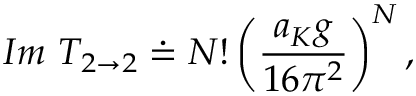
I m ~ T _ { 2 \rightarrow 2 } \doteq N ! \left( \displaystyle { \frac { a _ { K } g } { 1 6 \pi ^ { 2 } } } \right) ^ { N } ,